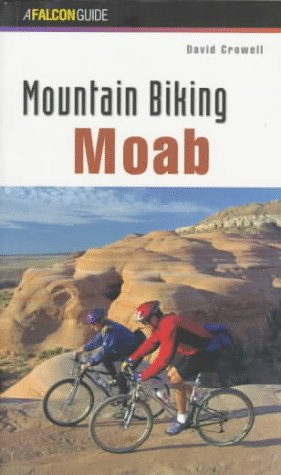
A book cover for Mountain Biking Moab (Regional Mountain Biking Series); David Crowell; Travel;